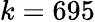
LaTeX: k=695